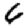
Digit: 6